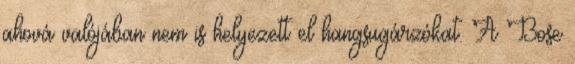
ahová valójában nem is helyezett el hangsugárzókat. A Bose